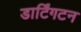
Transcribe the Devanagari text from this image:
डार्टिंगटन